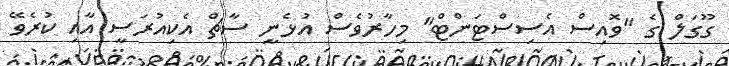
ގޫގަލް ގެ "ވޮއިސް އެސިސްޓަންޓް" މިހާރުވެސް އުޅެނީ ސާޗް އެކިއުރަސީ އާއި ކުރެވޭ